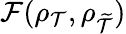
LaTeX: \mathcal{F}(\rho_{\mathcal{T}},\rho_{\widetilde{\mathcal{T}}})